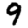
Digit: 9